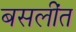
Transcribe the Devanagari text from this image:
बसलींत